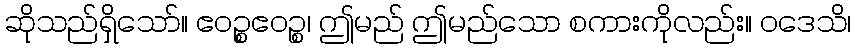
ဆိုသည်ရှိသော်။ ဧဝဉ္စဧဝဉ္စ၊ ဤမည် ဤမည်သော စကားကိုလည်း။ ဝဒေသိ၊